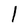
Character: 1